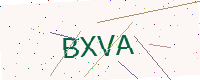
Text: BXVA